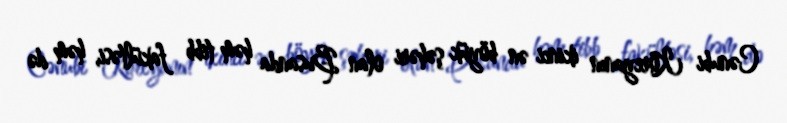
Cənubi Koreyanın ikinci ən böyük şəhəri olan Busanda həm tibb fakültəsi, həm də